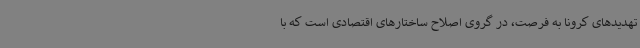
تهدیدهای کرونا به فرصت، در گروی اصلاح ساختارهای اقتصادی است که با